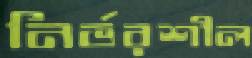
নির্ভরশীল